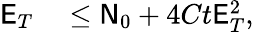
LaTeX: \begin{array}{rl}{\mathsf{E}_{T}}&{{}\leq\mathsf{N}_{0}+4Ct\mathsf{E}_{T}^{2},}\end{array}